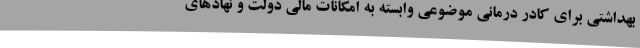
بهداشتی برای کادر درمانی موضوعی وابسته به امکانات مالی دولت و نهادهای